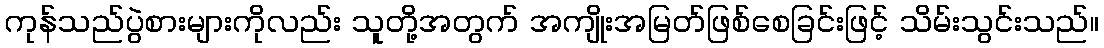
ကုန်သည်ပွဲစားများကိုလည်း သူတို့အတွက် အကျိုးအမြတ်ဖြစ်စေခြင်းဖြင့် သိမ်းသွင်းသည်။